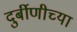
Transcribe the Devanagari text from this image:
दुर्बीणीच्या